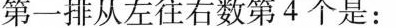
第一排从左往右数第4个是：